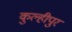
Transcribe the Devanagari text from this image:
कुल्हीपुर